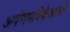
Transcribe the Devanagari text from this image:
अर्पणपत्रिकेआधी